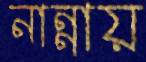
নান্নায়